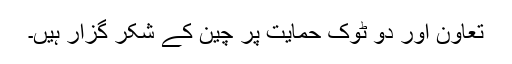
تعاون اور دو ٹوک حمایت پر چین کے شکر گزار ہیں۔